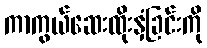
ကာကွယ်ဆေးထိုးနှံခြင်းကို